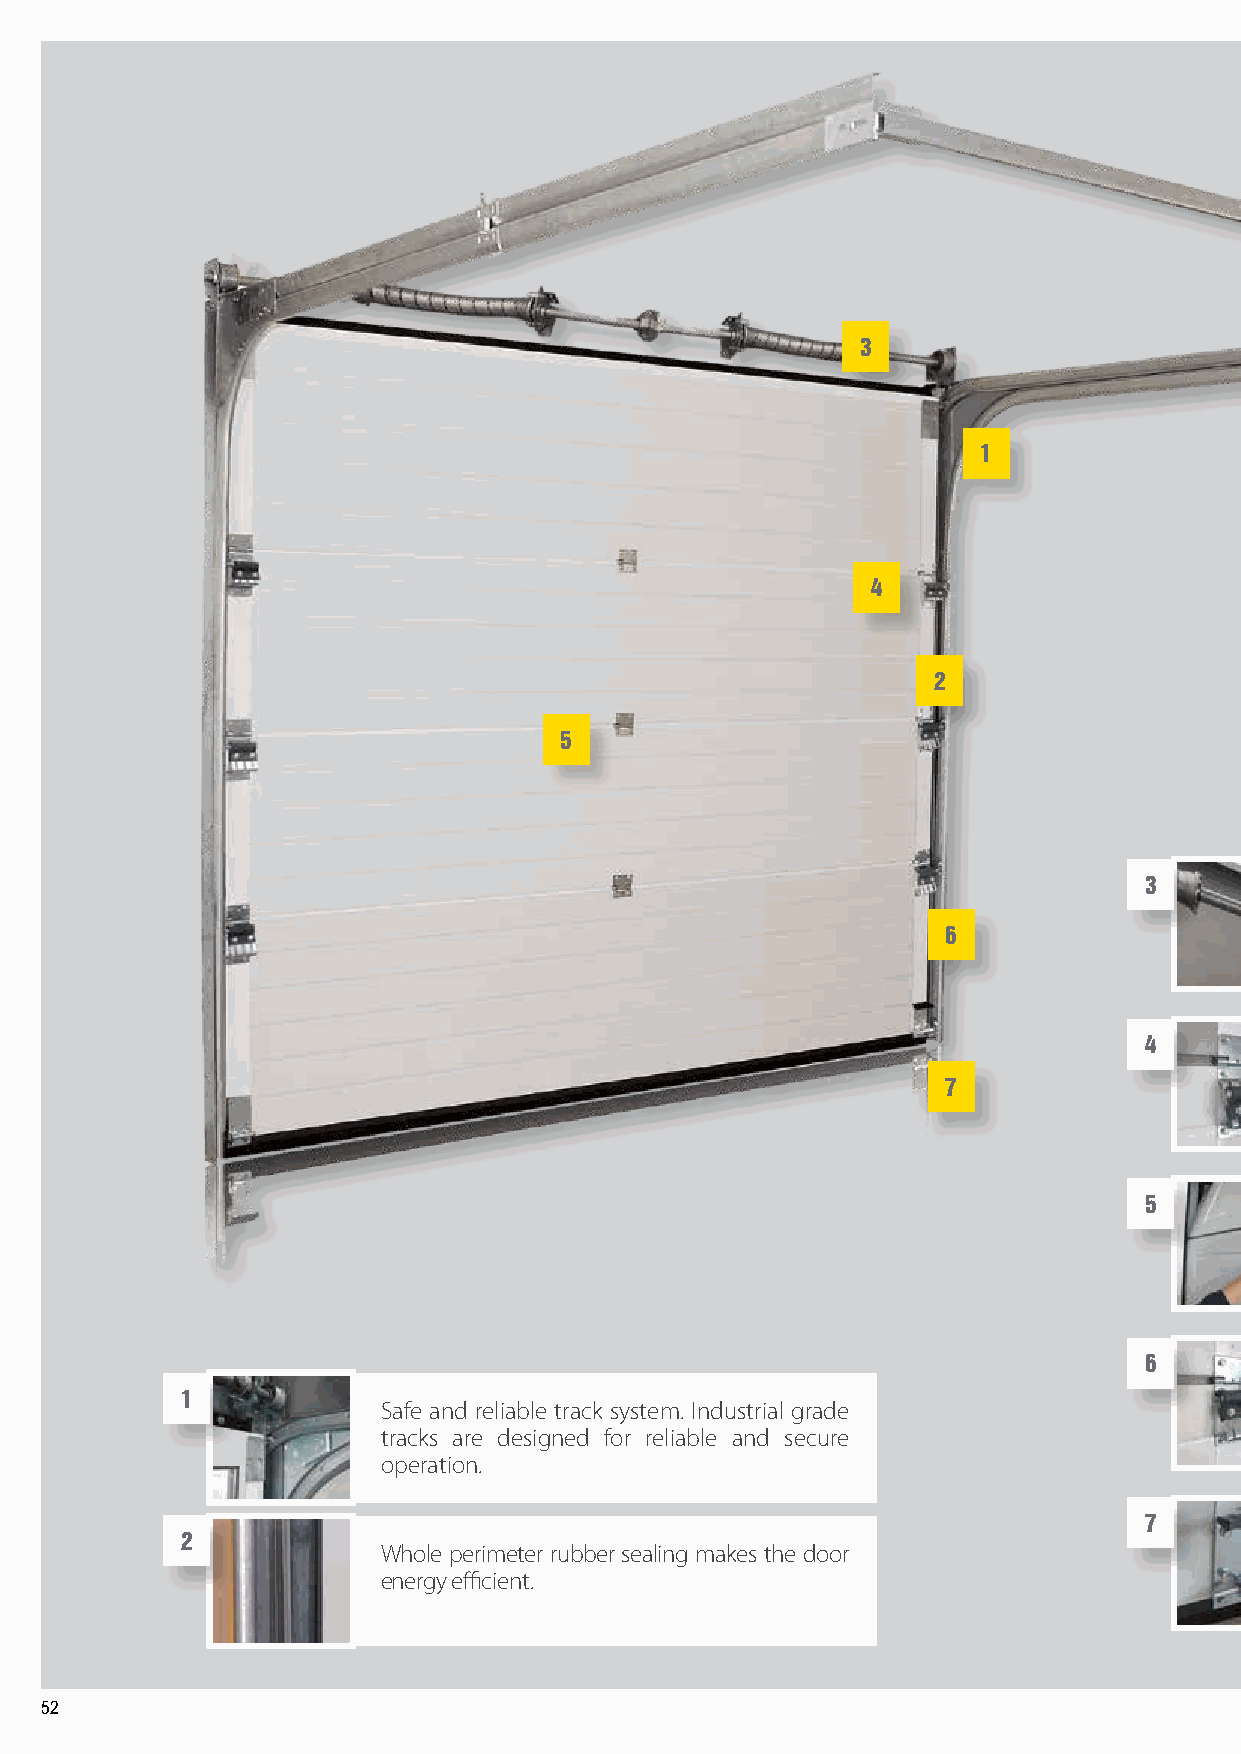
3
 1
 4
 2
 5
 3
 6
 4
 7
 5
 6
 1
 Safe and reliable track system. Industrial grade
 tracks are designed for reliable and secure
 operation.
 7
 2
 Whole perimeter rubber sealing makes the door
 energy efficient.
 52